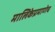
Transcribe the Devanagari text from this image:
मालिकेप्रमाणेच